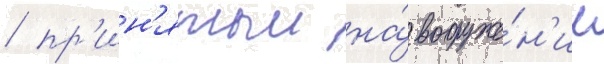
/ пр'ин'ятыи на́ вооруже́н'ие